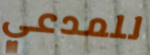
للمدعي